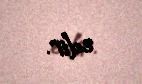
edir.